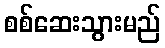
စစ်ဆေးသွားမည်